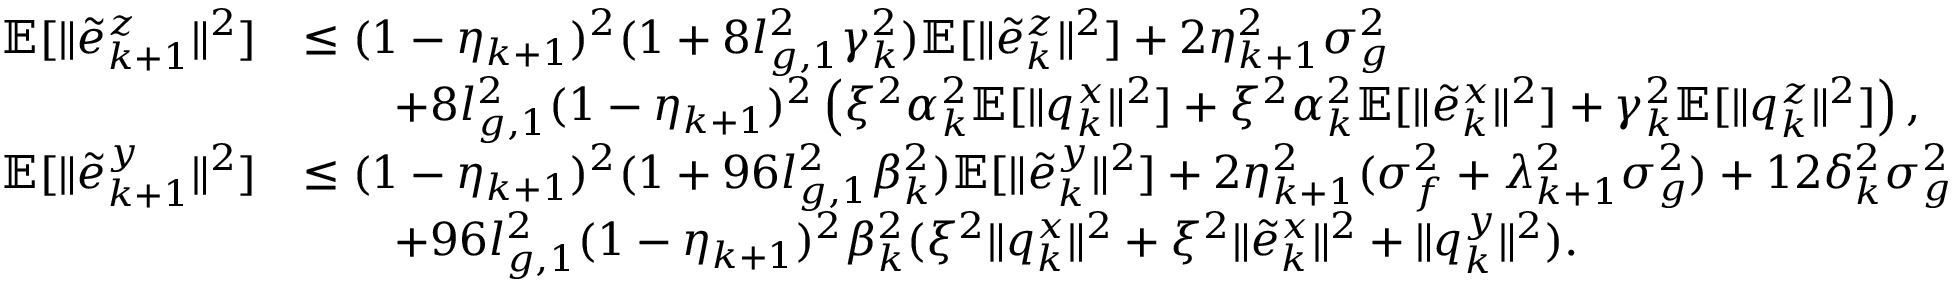
\begin{array} { r l } { \mathbb { E } [ \| \tilde { e } _ { k + 1 } ^ { z } \| ^ { 2 } ] } & { \le ( 1 - \eta _ { k + 1 } ) ^ { 2 } ( 1 + 8 l _ { g , 1 } ^ { 2 } \gamma _ { k } ^ { 2 } ) \mathbb { E } [ \| \tilde { e } _ { k } ^ { z } \| ^ { 2 } ] + 2 \eta _ { k + 1 } ^ { 2 } \sigma _ { g } ^ { 2 } } \\ & { \qquad + 8 l _ { g , 1 } ^ { 2 } ( 1 - \eta _ { k + 1 } ) ^ { 2 } \left( \xi ^ { 2 } \alpha _ { k } ^ { 2 } \mathbb { E } [ \| q _ { k } ^ { x } \| ^ { 2 } ] + \xi ^ { 2 } \alpha _ { k } ^ { 2 } \mathbb { E } [ \| \tilde { e } _ { k } ^ { x } \| ^ { 2 } ] + \gamma _ { k } ^ { 2 } \mathbb { E } [ \| q _ { k } ^ { z } \| ^ { 2 } ] \right) , } \\ { \mathbb { E } [ \| \tilde { e } _ { k + 1 } ^ { y } \| ^ { 2 } ] } & { \le ( 1 - \eta _ { k + 1 } ) ^ { 2 } ( 1 + 9 6 l _ { g , 1 } ^ { 2 } \beta _ { k } ^ { 2 } ) \mathbb { E } [ \| \tilde { e } _ { k } ^ { y } \| ^ { 2 } ] + 2 \eta _ { k + 1 } ^ { 2 } ( \sigma _ { f } ^ { 2 } + \lambda _ { k + 1 } ^ { 2 } \sigma _ { g } ^ { 2 } ) + 1 2 \delta _ { k } ^ { 2 } \sigma _ { g } ^ { 2 } } \\ & { \qquad + 9 6 l _ { g , 1 } ^ { 2 } ( 1 - \eta _ { k + 1 } ) ^ { 2 } \beta _ { k } ^ { 2 } ( \xi ^ { 2 } \| q _ { k } ^ { x } \| ^ { 2 } + \xi ^ { 2 } \| \tilde { e } _ { k } ^ { x } \| ^ { 2 } + \| q _ { k } ^ { y } \| ^ { 2 } ) . } \end{array}